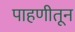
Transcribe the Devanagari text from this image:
पाहणीतून